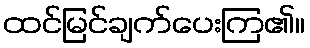
ထင်မြင်ချက်ပေးကြ၏။